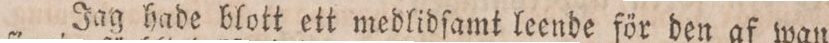
Jag hade blott ett medlidſamt leende för den af wan=